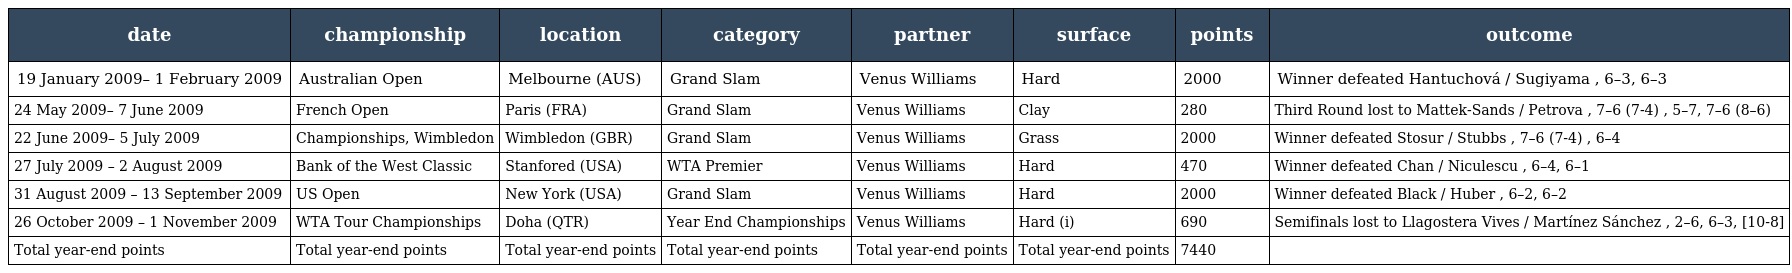
| date | championship | location | category | partner | surface | points | outcome |
 | --- | --- | --- | --- | --- | --- | --- | --- |
 | 19 January 2009– 1 February 2009 | Australian Open | Melbourne (AUS) | Grand Slam | Venus Williams | Hard | 2000 | Winner defeated Hantuchová / Sugiyama , 6–3, 6–3 |
 | 24 May 2009– 7 June 2009 | French Open | Paris (FRA) | Grand Slam | Venus Williams | Clay | 280 | Third Round lost to Mattek-Sands / Petrova , 7–6 (7-4) , 5–7, 7–6 (8–6) |
 | 22 June 2009– 5 July 2009 | Championships, Wimbledon | Wimbledon (GBR) | Grand Slam | Venus Williams | Grass | 2000 | Winner defeated Stosur / Stubbs , 7–6 (7-4) , 6–4 |
 | 27 July 2009 – 2 August 2009 | Bank of the West Classic | Stanfored (USA) | WTA Premier | Venus Williams | Hard | 470 | Winner defeated Chan / Niculescu , 6–4, 6–1 |
 | 31 August 2009 – 13 September 2009 | US Open | New York (USA) | Grand Slam | Venus Williams | Hard | 2000 | Winner defeated Black / Huber , 6–2, 6–2 |
 | 26 October 2009 – 1 November 2009 | WTA Tour Championships | Doha (QTR) | Year End Championships | Venus Williams | Hard (i) | 690 | Semifinals lost to Llagostera Vives / Martínez Sánchez , 2–6, 6–3, [10-8] |
 | Total year-end points | Total year-end points | Total year-end points | Total year-end points | Total year-end points | Total year-end points | 7440 |  |